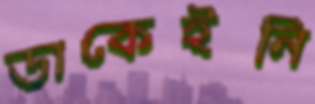
ডাকেইনি